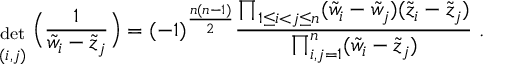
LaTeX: { \; \atop { \mathrm { d e t } \atop { \scriptstyle ( i , j ) } } } \Big ( \frac { 1 } { \tilde { w } _ { i } - \tilde { z } _ { j } } \Big ) = ( - 1 ) ^ { \frac { n ( n - 1 ) } { 2 } } \frac { \prod _ { 1 \leq i < j \leq n } ( \tilde { w } _ { i } - \tilde { w } _ { j } ) ( \tilde { z } _ { i } - \tilde { z } _ { j } ) } { \prod _ { i , j = 1 } ^ { n } ( \tilde { w } _ { i } - \tilde { z } _ { j } ) } \; .